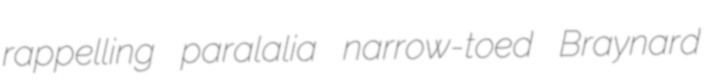
rappelling paralalia narrow-toed Braynard